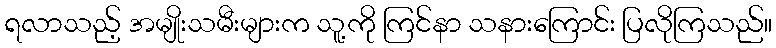
ရလာသည့် အမျိုးသမီးများက သူ့ကို ကြင်နာ သနားကြောင်း ပြလိုကြသည်။